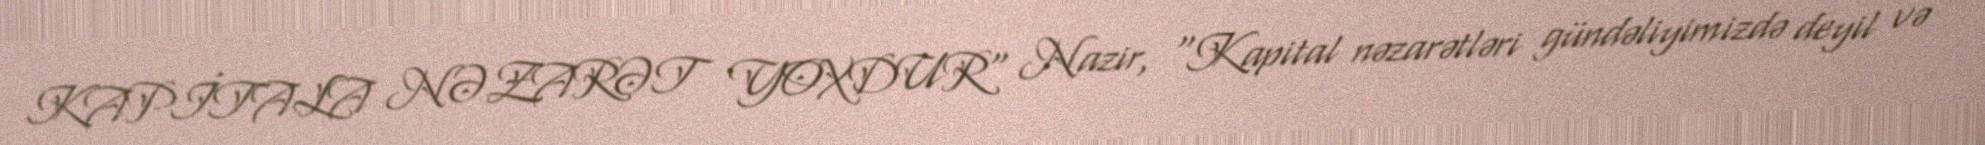
KAPİTALA NƏZARƏT YOXDUR" Nazir, "Kapital nəzarətləri gündəliyimizdə deyil və